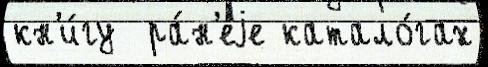
кн'и́гу  ра́н'еjе катало́гах